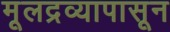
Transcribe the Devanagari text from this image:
मूलद्रव्यापासून